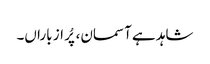
شاہد ہے آسمان، پُر از باراں۔